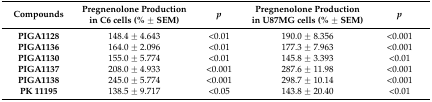
| Compounds | Pregnenolone Production in C6 cells (% ± SEM) | p | Pregnenolone Production in U87MG cells (% ± SEM) | p |
 | --- | --- | --- | --- | --- |
 | PIGA1128 | 148.4 ± 4.643 | <0.01 | 190.0 ± 8.356 | <0.001 |
 | PIGA1136 | 164.0 ± 2.096 | <0.01 | 177.3 ± 7.963 | <0.001 |
 | PIGA1130 | 155.0 ± 5.774 | <0.01 | 145.8 ± 3.393 | <0.01 |
 | PIGA1137 | 208.0 ± 4.933 | <0.001 | 287.6 ± 11.98 | <0.001 |
 | PIGA1138 | 245.0 ± 5.774 | <0.001 | 298.7 ± 10.14 | <0.001 |
 | PK 11195 | 138.5 ± 9.717 | <0.05 | 143.8 ± 20.40 | <0.01 |